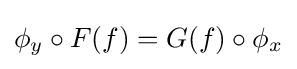
\phi _{y}\circ F(f)=G(f)\circ \phi _{x}